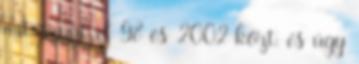
mit szúrt el 98 és 2002 közt. és úgy